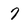
Character: 7